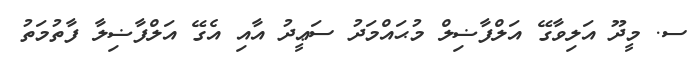
ސ. މީދޫ އަލިވާގޭ އަލްފާޟިލް މުޙައްމަދު ސަޢީދު އާއި އެގޭ އަލްފާޟިލާ ފާތުމަތު